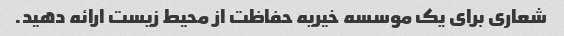
شعاری برای یک موسسه خیریه حفاظت از محیط زیست ارائه دهید.